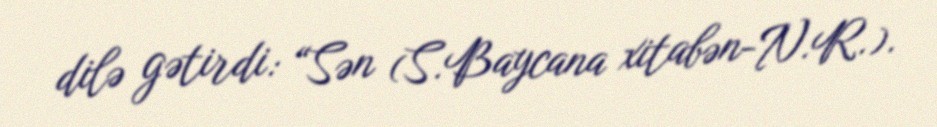
dilə gətirdi: “Sən (S.Baycana xitabən-N.R.).